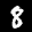
Label: 8